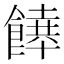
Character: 𩞔